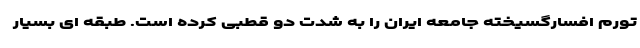
تورم افسارگسیخته جامعه ایران را به شدت دو قطبی کرده است. طبقه ای بسیار